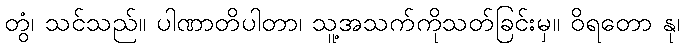
တွံ၊ သင်သည်။ ပါဏာတိပါတာ၊ သူ့အသက်ကိုသတ်ခြင်းမှ။ ဝိရတော နု၊